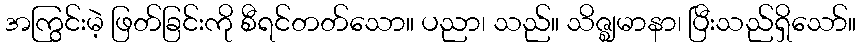
အကြွင်းမဲ့ ဖြတ်ခြင်းကို စီရင်တတ်သော။ ပညာ၊ သည်။ သိဇ္ဈမာနာ၊ ပြီးသည်ရှိသော်။